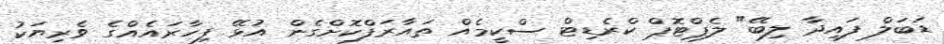
ޑަބަލް ފައިދާ ލިބޭ" ލެޕްޓޮޕް ކްރެޑިޓް ސްކީމެއް ތައާރަފްކޮށްގެން އުޅޭ ފިހާރައެއްގެ ވެރިޔަކު